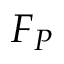
F _ { P }